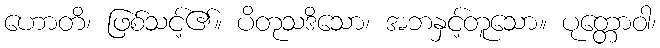
ဟောတိ၊ ဖြစ်သင့်၏။ ပိတုသဒိသော၊ အဘနှင့်တူသော။ ပုတ္တောဝါ၊